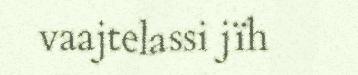
vaajtelassi jïh